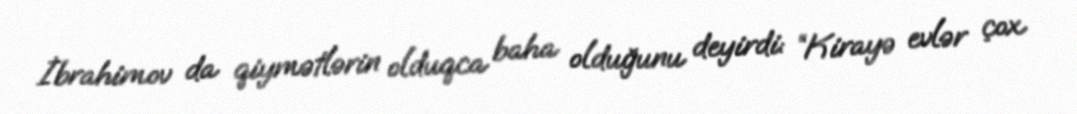
İbrahimov da qiymətlərin olduqca baha olduğunu deyirdi: “Kirayə evlər çox